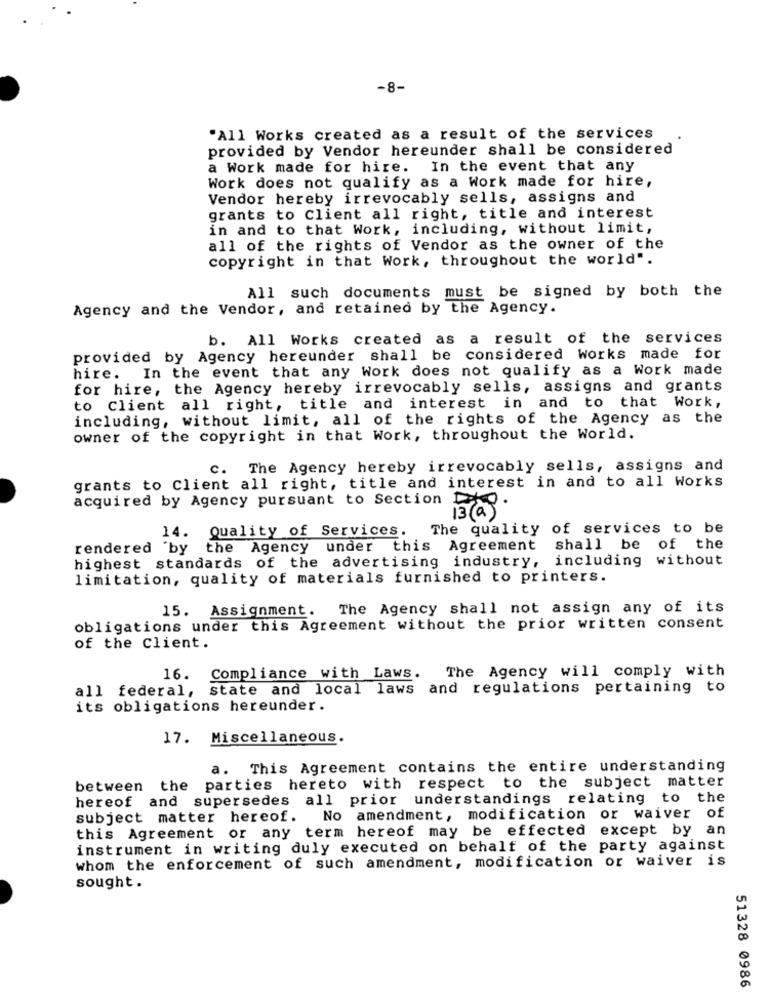
-8-
"All Works created as a result of the services
provided by Vendor hereunder shall be considered
a Work made for hire. In the event that any
Work does not qualify as a Work made for hire,
Vendor hereby irrevocably sells, assigns and
grants to Client all right, title and interest
in and to that Work, including, without limit,
all of the rights of Vendor as the owner of the
copyright in that Work, throughout the world".
All such documents must be signed by both the
Agency and the Vendor, and retained by the Agency.
b. All Works created as a result of the services
provided by Agency hereunder shall be considered works made for
hire. In the event that any Work does not qualify as a Work made
for hire, the Agency hereby irrevocably sells, assigns and grants
to Client all right, title and interest in and to that Work,
including, without limit, all of the rights of the Agency as the
owner of the copyright in that Work, throughout the World.
c. The Agency hereby irrevocably sells, assigns and
grants to Client all right, title and interest in and to all Works
acquired by Agency pursuant to Section
13 ( @ )
14. Quality of Services. The quality of services to be
rendered 'by the Agency under this Agreement shall be of the
highest standards of the advertising industry, including without
limitation, quality of materials furnished to printers.
15. Assignment. The Agency shall not assign any of its
obligations under this Agreement without the prior written consent
of the client.
The Agency will comply with
16. Compliance with Laws.
all federal, state and local laws and regulations pertaining to
its obligations hereunder.
17. Miscellaneous.
a. This Agreement contains the entire understanding
parties hereto with respect to the subject matter
between the
hereof and supersedes all prior understandings relating to the
subject matter hereof. No amendment, modification or waiver of
this Agreement or any term hereof may be effected except by
an
instrument in writing duly executed on behalf of the party against
whom the enforcement of such amendment, modification or waiver is
sought.
51328 0986